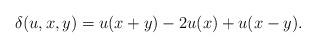
LaTeX: \begin{align*}\delta(u,x,y)=u(x+y)-2u(x)+u(x-y).\end{align*}